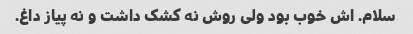
سلام. اش خوب بود ولی روش نه کشک داشت و نه پیاز داغ.